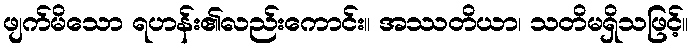
ဖျက်မိသော ရဟန်း၏လည်းကောင်း။ အဿတိယာ၊ သတိမရှိသဖြင့်။